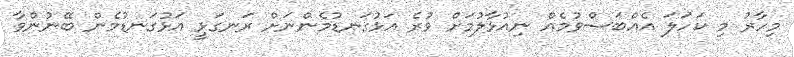
މިހާރު މި ކަހަލަ އެއްބަސްވުމެއް ނިއުޅާލުމަށް ވުރެ އަޅުގަނޑުމެންނަށް ރަނގަޅީ އަޅުގަނޑުމެން ބޭނުންވާ